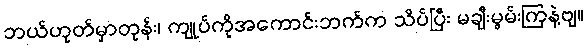
ဘယ်ဟုတ်မှာတုန်း၊ ကျုပ်ကိုအကောင်းဘက်က သိပ်ပြီး မချီးမွမ်းကြနဲ့ဗျ။